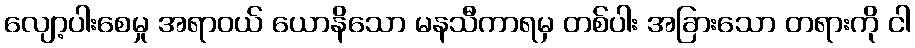
လျော့ပါးစေမှု အရာဝယ် ယောနိသော မနသီကာရမှ တစ်ပါး အခြားသော တရားကို ငါ